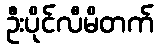
ဦးပိုင်လီမိတက်